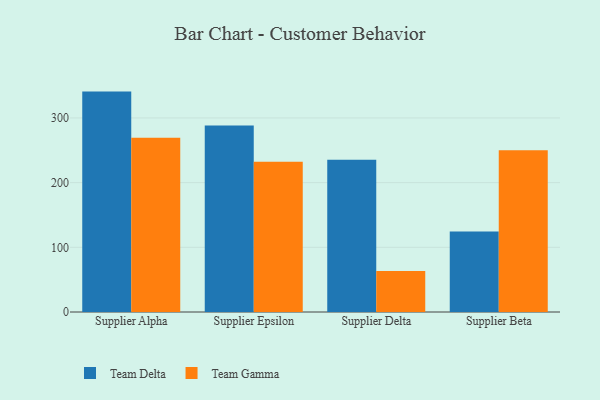
{"axis": {"x": "Supplier", "y": "Conversion Rate (%)"}, "legend": ["Team Delta", "Team Gamma"], "data": [{"x": "Supplier Alpha", "y": 340.7, "type": "Team Delta"}, {"x": "Supplier Alpha", "y": 269.2, "type": "Team Gamma"}, {"x": "Supplier Epsilon", "y": 288.2, "type": "Team Delta"}, {"x": "Supplier Epsilon", "y": 232.2, "type": "Team Gamma"}, {"x": "Supplier Delta", "y": 235.4, "type": "Team Delta"}, {"x": "Supplier Delta", "y": 63.4, "type": "Team Gamma"}, {"x": "Supplier Beta", "y": 124.4, "type": "Team Delta"}, {"x": "Supplier Beta", "y": 250.2, "type": "Team Gamma"}]}